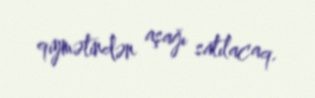
qiymətindən aşağı satılacaq.